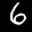
Label: 6